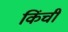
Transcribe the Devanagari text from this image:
किंची